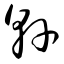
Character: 县